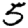
Digit: 5